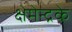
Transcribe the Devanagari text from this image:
क्षेमेन्द्रके